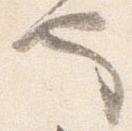
也